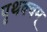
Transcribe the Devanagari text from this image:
पृथक्वम्